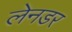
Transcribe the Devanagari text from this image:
लेनडर